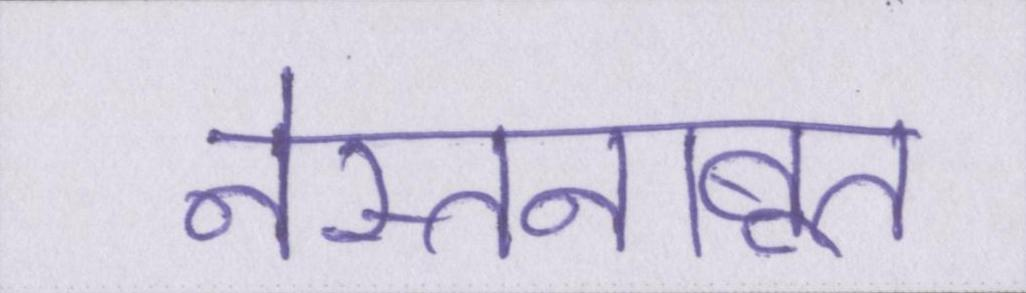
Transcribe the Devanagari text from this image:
नेस्तनाबूत